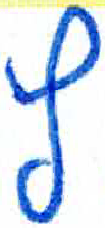
אות: ץ